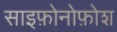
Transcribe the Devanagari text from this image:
साइफ़ोनोफ़ोश